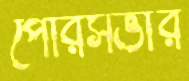
পৌরসভার